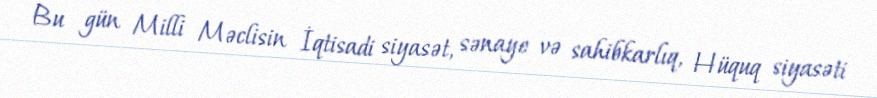
Bu gün Milli Məclisin İqtisadi siyasət, sənaye və sahibkarlıq, Hüquq siyasəti